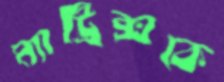
ম্যাট্রিক্সকে